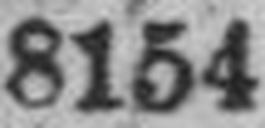
8154